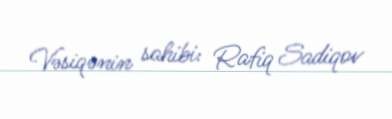
Vəsiqənin sahibi: Rafiq Sadiqov